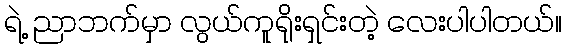
ရဲ့ ညာဘက်မှာ လွယ်ကူရိုးရှင်းတဲ့ လေးပါပါတယ်။